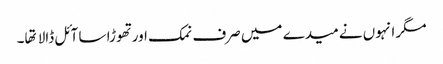
مگر انہوں نے میدے میں صرف نمک اور تهوڑا سا آئل ڈالا تها۔